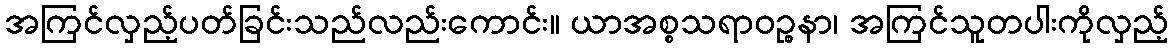
အကြင်လှည့်ပတ်ခြင်းသည်လည်းကောင်း။ ယာအစ္စသရာဝဉ္စနာ၊ အကြင်သူတပါးကိုလှည့်